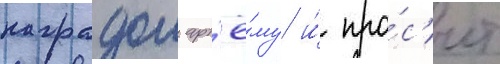
наградои арт'ё́му и́ про́с'ит